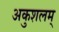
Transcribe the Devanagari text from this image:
अकुशलम्